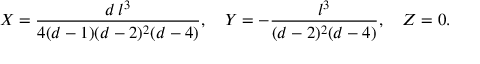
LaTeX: X = { \frac { d \, l ^ { 3 } } { 4 ( d - 1 ) ( d - 2 ) ^ { 2 } ( d - 4 ) } } , \quad Y = - { \frac { l ^ { 3 } } { ( d - 2 ) ^ { 2 } ( d - 4 ) } } , \quad Z = 0 .